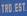
trd.est